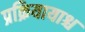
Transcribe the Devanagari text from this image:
प्रक्रियायाश्च